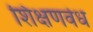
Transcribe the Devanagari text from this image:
शिक्षणवेध